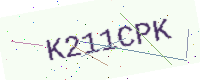
Text: K211CPK